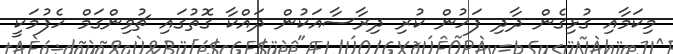
މިކަމާއި ގުޅިގެން ދާދި ފަހުން ކުރި ދިރާސާއަކުން ދައްކާ ގޮތުގައި ޗުވިންގަމް ހެފުމަކީ